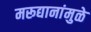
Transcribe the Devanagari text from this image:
मरूद्यानांमुळे